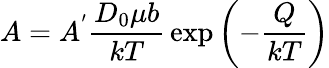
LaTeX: A=A^{'}{\frac{D_{0}\mu b}{kT}}\exp\left(-{\frac{Q}{kT}}\right)